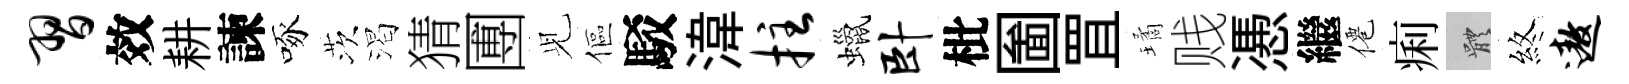
习效耕諫啄茨渴猜圑𫤗傴駁湋拄蠟卧枇圗罝璚贱慿繼僊痢體煞遨